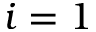
i = 1